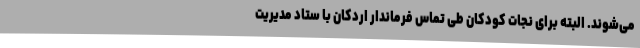
می‌شوند. البته برای نجات کودکان طی تماس فرماندار اردکان با ستاد مدیریت